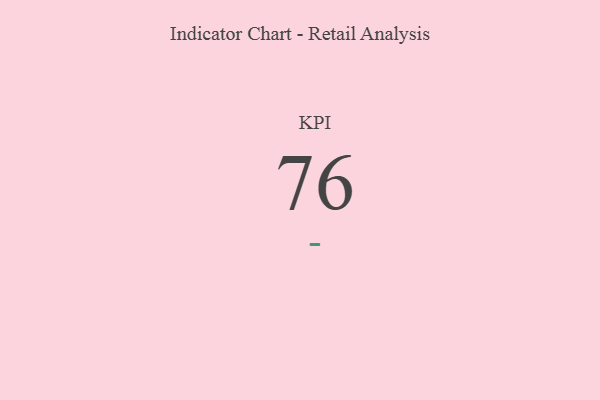
{"axis": {"x": "KPI", "y": "Value"}, "legend": [""], "data": [{"x": "KPI", "y": 76, "type": ""}]}